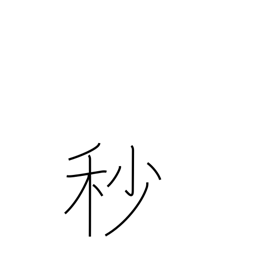
Meaning: second (1/60 minute)